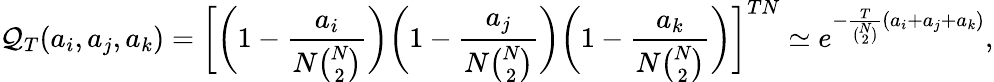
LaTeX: \mathcal{Q}_{T}(a_{i},a_{j},a_{k})=\bigg[\bigg(1-\frac{a_{i}}{N{\binom{N}{2}}}\bigg)\bigg(1-\frac{a_{j}}{N{\binom{N}{2}}}\bigg)\bigg(1-\frac{a_{k}}{N{\binom{N}{2}}}\bigg)\bigg]^{TN}\simeq e^{-\frac{T}{{\binom{N}{2}}}(a_{i}+a_{j}+a_{k})},